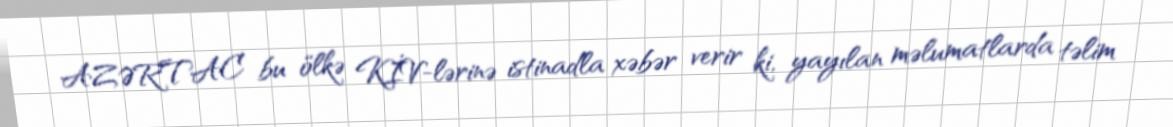
AZƏRTAC bu ölkə KİV-lərinə istinadla xəbər verir ki, yayılan məlumatlarda təlim